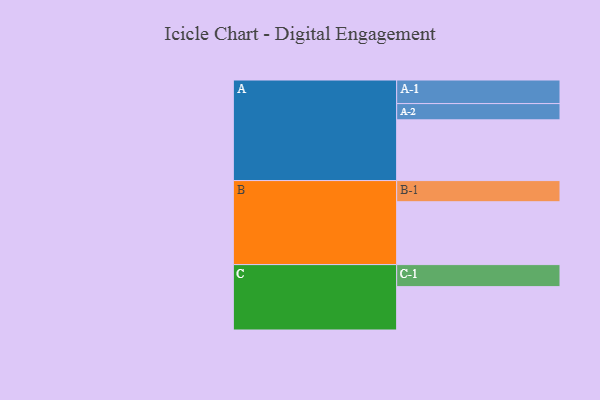
{"axis": {"x": "Segment", "y": "Value"}, "legend": ["", "A", "B", "C"], "data": [{"x": "A", "y": 430, "type": ""}, {"x": "B", "y": 445, "type": ""}, {"x": "C", "y": 307, "type": ""}, {"x": "A-1", "y": 167, "type": "A"}, {"x": "A-2", "y": 115, "type": "A"}, {"x": "B-1", "y": 150, "type": "B"}, {"x": "C-1", "y": 156, "type": "C"}]}